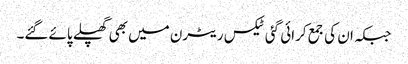
جبکہ ان کی جمع کرائی گئی ٹیکس ریٹرن میں بھی گھپلے پائے گئے۔